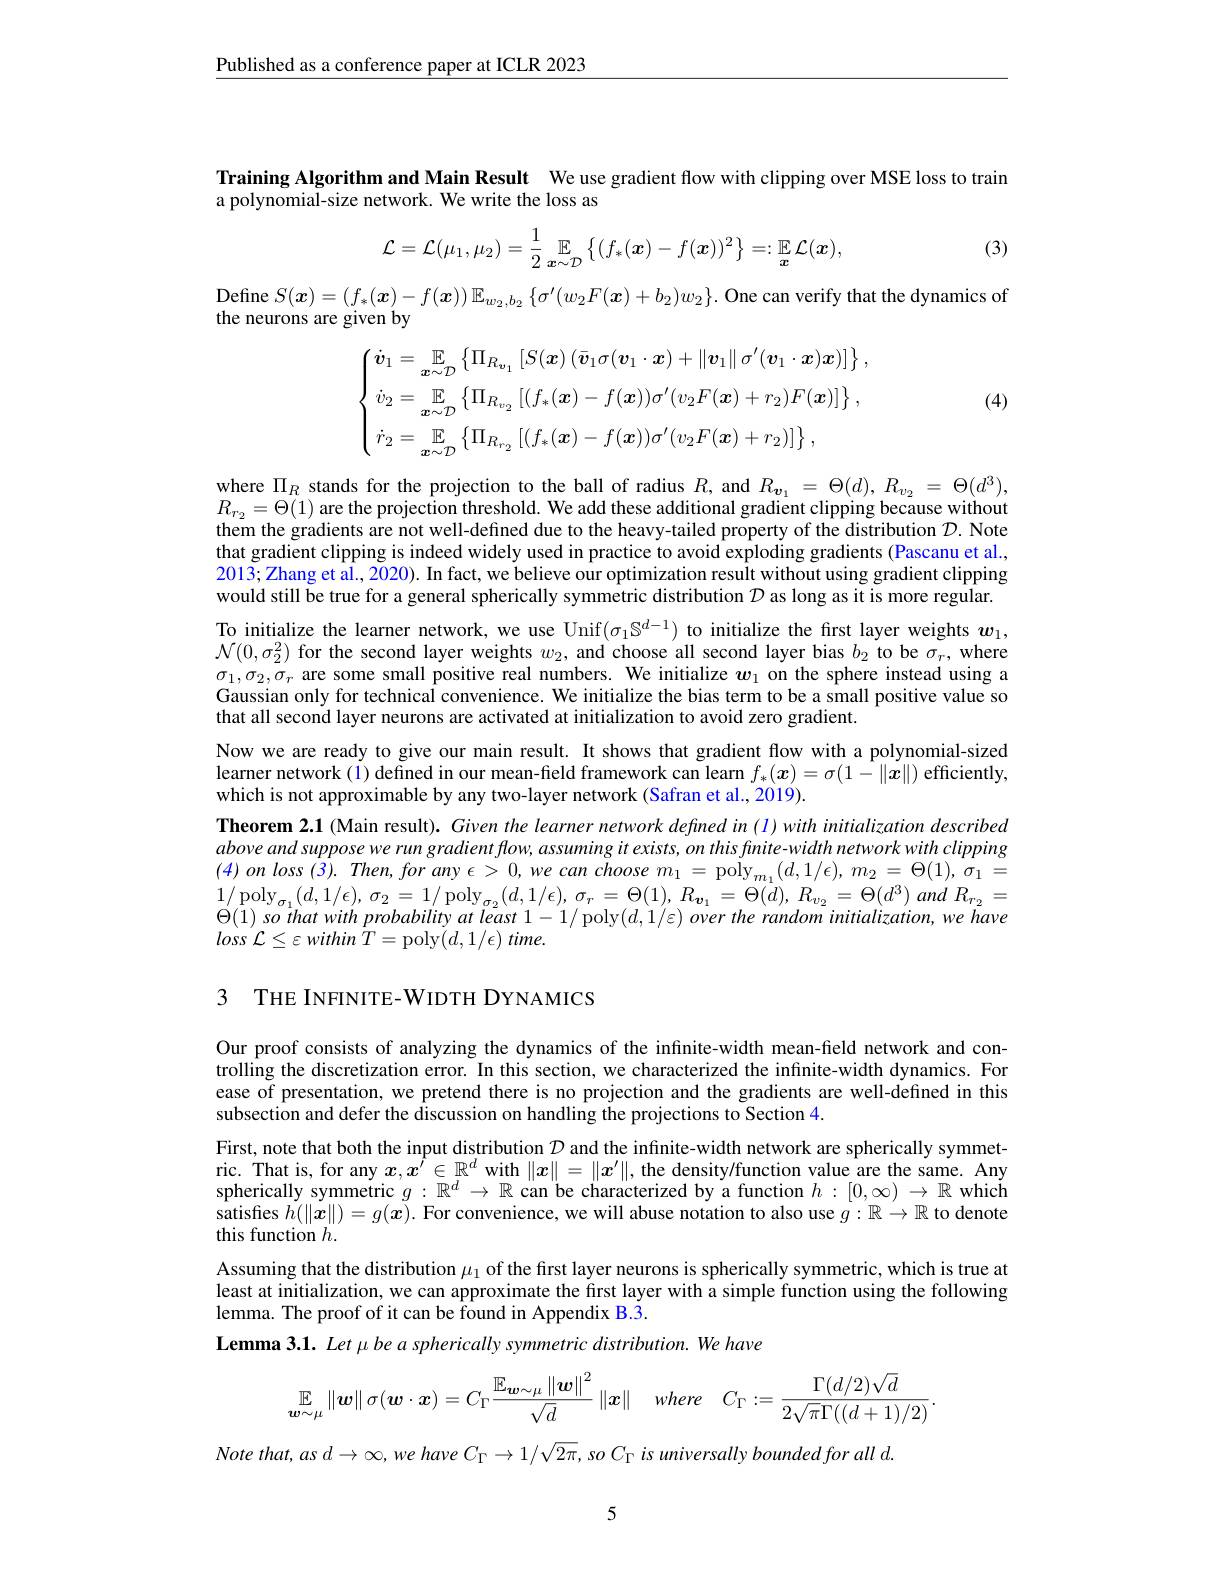
$\underline{\text{Published as a conference paper at ICLR 2023}}$

Training Algorithm and Main Result We use gradient flow with clipping over MSE loss to train
a polynomial-size network. We write the loss as

(3)
$$\mathcal{L}=\mathcal{L}(\mu_1,\mu_2)=\frac{1}{2}\:\mathbb{E}_{x\sim\mathcal{D}}\left\{(f_*(\boldsymbol{x})-f(\boldsymbol{x}))^2\right\}=:\mathbb{E}_{\boldsymbol{x}}\mathcal{L}(\boldsymbol{x}),$$
Define $S(x)=\left(f_*(\boldsymbol{x})-f(\boldsymbol{x})\right)\mathbb{E}_{w_2,b_2}\left\{\sigma^{\prime}(w_2F(\boldsymbol{x})+b_2)w_2\right\}.$ One can verify that the dynamics of
the neurons are given by
$$\begin{aligned}&=\mathbb{E}_{\boldsymbol{x}\sim\mathcal{D}}\left\{\Pi_{R_{\boldsymbol{v}_{1}}}\left[S(\boldsymbol{x})\left(\bar{\boldsymbol{v}}_{1}\sigma(\boldsymbol{v}_{1}\cdot\boldsymbol{x})+\|\boldsymbol{v}_{1}\|\:\sigma^{\prime}(\boldsymbol{v}_{1}\cdot\boldsymbol{x})\boldsymbol{x})\right]\right\},\\&=\mathbb{E}_{\boldsymbol{x}\sim\mathcal{D}}\left\{\Pi_{R_{v_{2}}}\left[(f_{*}(\boldsymbol{x})-f(\boldsymbol{x}))\sigma^{\prime}(v_{2}F(\boldsymbol{x})+r_{2})F(\boldsymbol{x})\right]\right\},\\&=\mathbb{E}_{\boldsymbol{x}\sim\mathcal{D}}\left\{\Pi_{R_{r_{2}}}\left[(f_{*}(\boldsymbol{x})-f(\boldsymbol{x}))\sigma^{\prime}(v_{2}F(\boldsymbol{x})+r_{2})\right]\right\},\\&=\mathbb{E}_{\boldsymbol{x}\sim\mathcal{D}}\left\{\Pi_{R_{r_{2}}}\left[(f_{*}(\boldsymbol{x})-f(\boldsymbol{x}))\sigma^{\prime}(v_{2}F(\boldsymbol{x})+r_{2})\right]\right\},\\\\\\\\\\\\\\\\\\\\\\\\\\\\\\\\\\\\\\\\\\\\\\\\\\\\\\\\\\\\\\\\\\\\\\\\\\\\\\\\\\\\\\\\\\\\\\\\\\\\\\\\\\\\\\\\\\\\\\\\\\\\\\\\\\\\\\\\\\\\\\\\\\\\\\\\\\\\\\\\\\\\\\\\\\\\\\\\\\\\\\\\\\\\\\\\\\\\\\\\\\\\\\\\\\\\\\\\\\\\\\\\\\\\\\\\\\\\\\\\\\\\\\\\\\\\\\\\\\\\\\\\\\\\\\\\\\\\\\\\\\\\\\\\\\\\\\\\\\\\\\\\\\\\\\\\\\\\\\\\\\\\\\\\\\\\\\\\\\\\\\\\\\\\\\\\\\\\\\\\\\\\\\\\\\\\\\\\\\\\\\\\\\\\\\\\\\\\\\\\\\\\\\\\\\\\\\\\\\\\\\\\\\\\\\\\\\\\\\\\\\\\\\\\\\\\\\\\\\\\\\\\\\\\\\\\\\\\\\\\\\\\\\\\\\\\\\\\\\\\\\\\\\\\\\\\\\\\\\\\\\\\\\\\\\\\\\\\\\\\\\\\\\\\\\\\\\\\\\\\\\\\\\\\\\\\\\\\\\\\\\\\\\\\\\\\\\\\\\\\\\\\\\\\\\\\\\\\\\\\\\\\\\\\\\\\\\\\\\\\\\\\\\\\\\\\\\\\\\\\\\\\\\\\\\\\\\\\\\\\\\\\\\\\\\\\\\\\\\\\\\\\\\\\\\\\\\\\\\\\\\\\\\\\\\\\\\\\\\\\\\\\\\\\\\\\\\\\\\\\\\\\\\\\\\\\\\\\\\\\\\\\\\\\\\\\\\\\\\\\\\\\\\\\\\\\\\\\\\\\\\\\\\\\\\\\\\\\\\\\\\\\\\\\\\\\\\\\\\\\\\\\\\\\\\\\\\\\\\\\\\\\\\\\\\\\\\\\\\\\\\\\\\\\\\\\\\\\\\\\\\\\\\\\\\\\\\\\\\\\\\\\\\\\\\\\\\\\\\\\\\\\\\\\\\\\\\\\\\\\\\\\\\\\\\\\\\\\\\\\\\\\\\\\\\\\\\\\\\\\\\\\\\\\\\\\\\\\\\\\\\\\\\\\\\\\\\\\\\\\\\\\\\\\\\\\\\\\\\\\\\\\\\\\\\\\\\\\\\\\\\\\\\\\\\\\\\\\\\\\\\\\\\\\\\\\\\\\\\\\\\\\\\\\\\\\\\\\\\\\\\\\\\\\\\\\\\\\\\\\\\\\\\\\\\\\\\\\\\\\\\\\\\\\\\\\\\\\\\\\\\\\\\\\\\\\\\\\\\\\\\\\\\\\\\\\\\\\\\\\\\\\\\\\\\\\$$
(4)

where $\Pi_R$ stands for the projection to the ball of radius $R$, and $R_{\boldsymbol{v}_1}=\Theta(d),R_{v_2}=\Theta(d^3)$, $R_{r_2}=\Theta(1)$ are the projection threshold. We add these additional gradient clipping because without them the gradients are not well-defined due to the heavy-tailed property of the distribution $\mathcal{D}.$ Note that gradient clipping is indeed widely used in practice to avoid exploding gradients (Pascanu et al., 2013; Zhang et al., 2020). In fact, we believe our optimization result without using gradient clipping would still be true for a general spherically symmetric distribution $D$ as long as it is more regular. To initialize the learner network, we use Unif$(\sigma_1\mathbb{S}^{d-1})$ to initialize the first layer weights $w_1$, $\mathcal{N}(0,\sigma_2^2)$ for the second layer weights $w_2$, and choose all second layer bias $b_2$ to be $\sigma_r$, where $\sigma_1,\sigma_2,\sigma_r$ are some small positive real numbe Gaussian only for technical convenience. We initialize the bias term to be a small positive value so that all second layer neurons are activated at initialization to avoid zero gradient.
Now we are ready to give our main result. It shows that gradient flow with a polynomial-sized learner network (i) defined in our mean-field framework can learn $f_*(x)=\sigma(1-\|\dot{x}\|)$ efficiently, which is not approximable by any two-layer network (Safran et al., 2019).
Theorem 2.1 (Main result). Given the learner network defined in (l) with initialization described above and suppose we run gradient flow, assuming it exists, on this finite-width network with clipping $(4)onloss(3).Then,forany\epsilon>0,wecanchoosem_{1}=\mathrm{poly}_{m_{1}}(d,1/\epsilon),m_{2}=\Theta(1),\sigma_{1}=$ $\begin{array}{l}{1/\mathrm{poly}}_{\sigma_{1}}(d,1/\epsilon),\:\sigma_{2}=1/\mathrm{poly}_{\sigma_{2}}(d,1/\epsilon),\:\sigma_{r}=\Theta(1),\:R_{\boldsymbol{v}_{1}}=\Theta(\dot{d}),\:R_{v_{2}}=\Theta(d^{3})\:and\:R_{r_{2}}=\\{0(1)}\end{array}$ $\Theta(1)$ so that with probability at least 1-1/ poly$(d,1/\varepsilon)$ over the random initialization, we have loss ${\mathcal{L} }\leq \varepsilon$ within ${\mathcal{T} }=$poly$( d, 1/ \epsilon )$ $time.$

3 THE INFINITE-WIDTH DYNAMICS

Our proof consists of analyzing the dynamics of the infinite-width mean-field network and controlling the discretization error. In this section, we characterized the infinite-width dynamics. For ease of presentation, we pretend there is no projection and the gradients are well-defined in this subsection and defer the discussion on handling the projections to Section 4.
First, note that both the input distribution $\mathcal{D}$ and the infinite-width network are spherically symmetric. That is, for any $x,x^{\prime}\in\mathbb{R}^d$ with $\|x\|=\|x^\prime\|$, the density/function value are the same. Any spherically symmetric $g:\mathbb{R}^d\to\mathbb{R}$ can be characterized by a function $h:[0,\infty)\to\mathbb{R}$ which satisfes $h(\|\dot{\boldsymbol{x}}\|)=g(\bar{\boldsymbol{x}}).$ For convenience, we will abuse notation to also use $g:\mathbb{R}\to\mathbb{R}$ to denote this function $h.$
Assuming that the distribution $\mu_1$ of the first layer neurons is spherically symmetric, which is true at least at initialization, we can approximate the first layer with a simple function using the following lemma. The proof of it can be found in Appendix B.3.
Lemma 3.1. Let \mu be a spherically symmetric distribution. We have
$$\mathbb{E}_{\boldsymbol{w}\sim\mu}\left\|\boldsymbol{w}\right\|\sigma(\boldsymbol{w}\cdot\boldsymbol{x})=C_\Gamma\frac{\mathbb{E}_{\boldsymbol{w}\sim\mu}\left\|\boldsymbol{w}\right\|^2}{\sqrt{d}}\left\|\boldsymbol{x}\right\|\quad where\quad C_\Gamma:=\frac{\Gamma(d/2)\sqrt{d}}{2\sqrt{\pi}\Gamma((d+1)/2)}.$$
Note $that$, $as$ $d\rightarrow \infty $, $we$ have $C_{\Gamma }\rightarrow 1/ \sqrt {2\pi }$, $so$ $C_{\Gamma }$ $is$ universally bounded for all $d.$

5